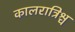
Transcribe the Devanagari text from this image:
कालरात्रिश्च